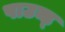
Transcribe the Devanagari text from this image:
पाउन्ड्